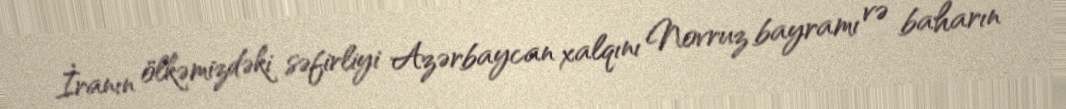
İranın ölkəmizdəki səfirliyi Azərbaycan xalqını Novruz bayramı və baharın